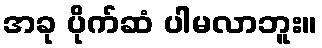
အခု ပိုက်ဆံ ပါမလာဘူး။